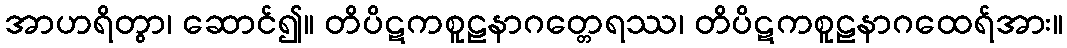
အာဟရိတွာ၊ ဆောင်၍။ တိပိဋကစူဠနာဂတ္တေရဿ၊ တိပိဋကစူဠနာဂထေရ်အား။